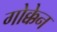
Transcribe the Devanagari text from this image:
गोक्केन